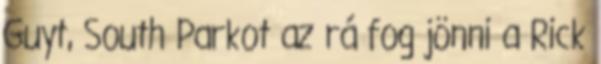
Guyt, South Parkot az rá fog jönni a Rick